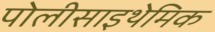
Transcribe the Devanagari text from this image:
पोलीसाइथेमिक